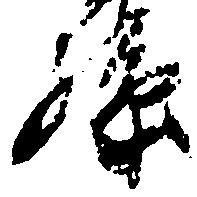
孫